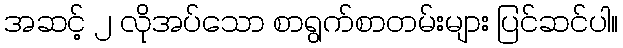
အဆင့် ၂ လိုအပ်သော စာရွက်စာတမ်းများ ပြင်ဆင်ပါ။